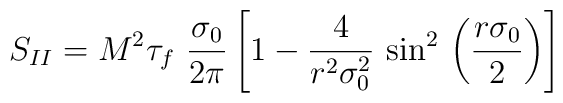
S_{II} = M^2\tau_f ~\frac{\sigma_0}{2\pi}\left[ 1- \frac{4}{r^2\sigma_0^2}~ {\sin}^2\,  \left( \frac{r\sigma_0}{2}\right)\right]